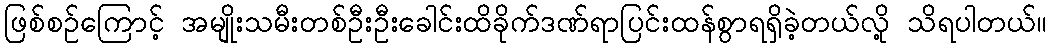
ဖြစ်စဉ်ကြောင့် အမျိုးသမီးတစ်ဦးဦးခေါင်းထိခိုက်ဒဏ်ရာပြင်းထန်စွာရရှိခဲ့တယ်လို့ သိရပါတယ်။